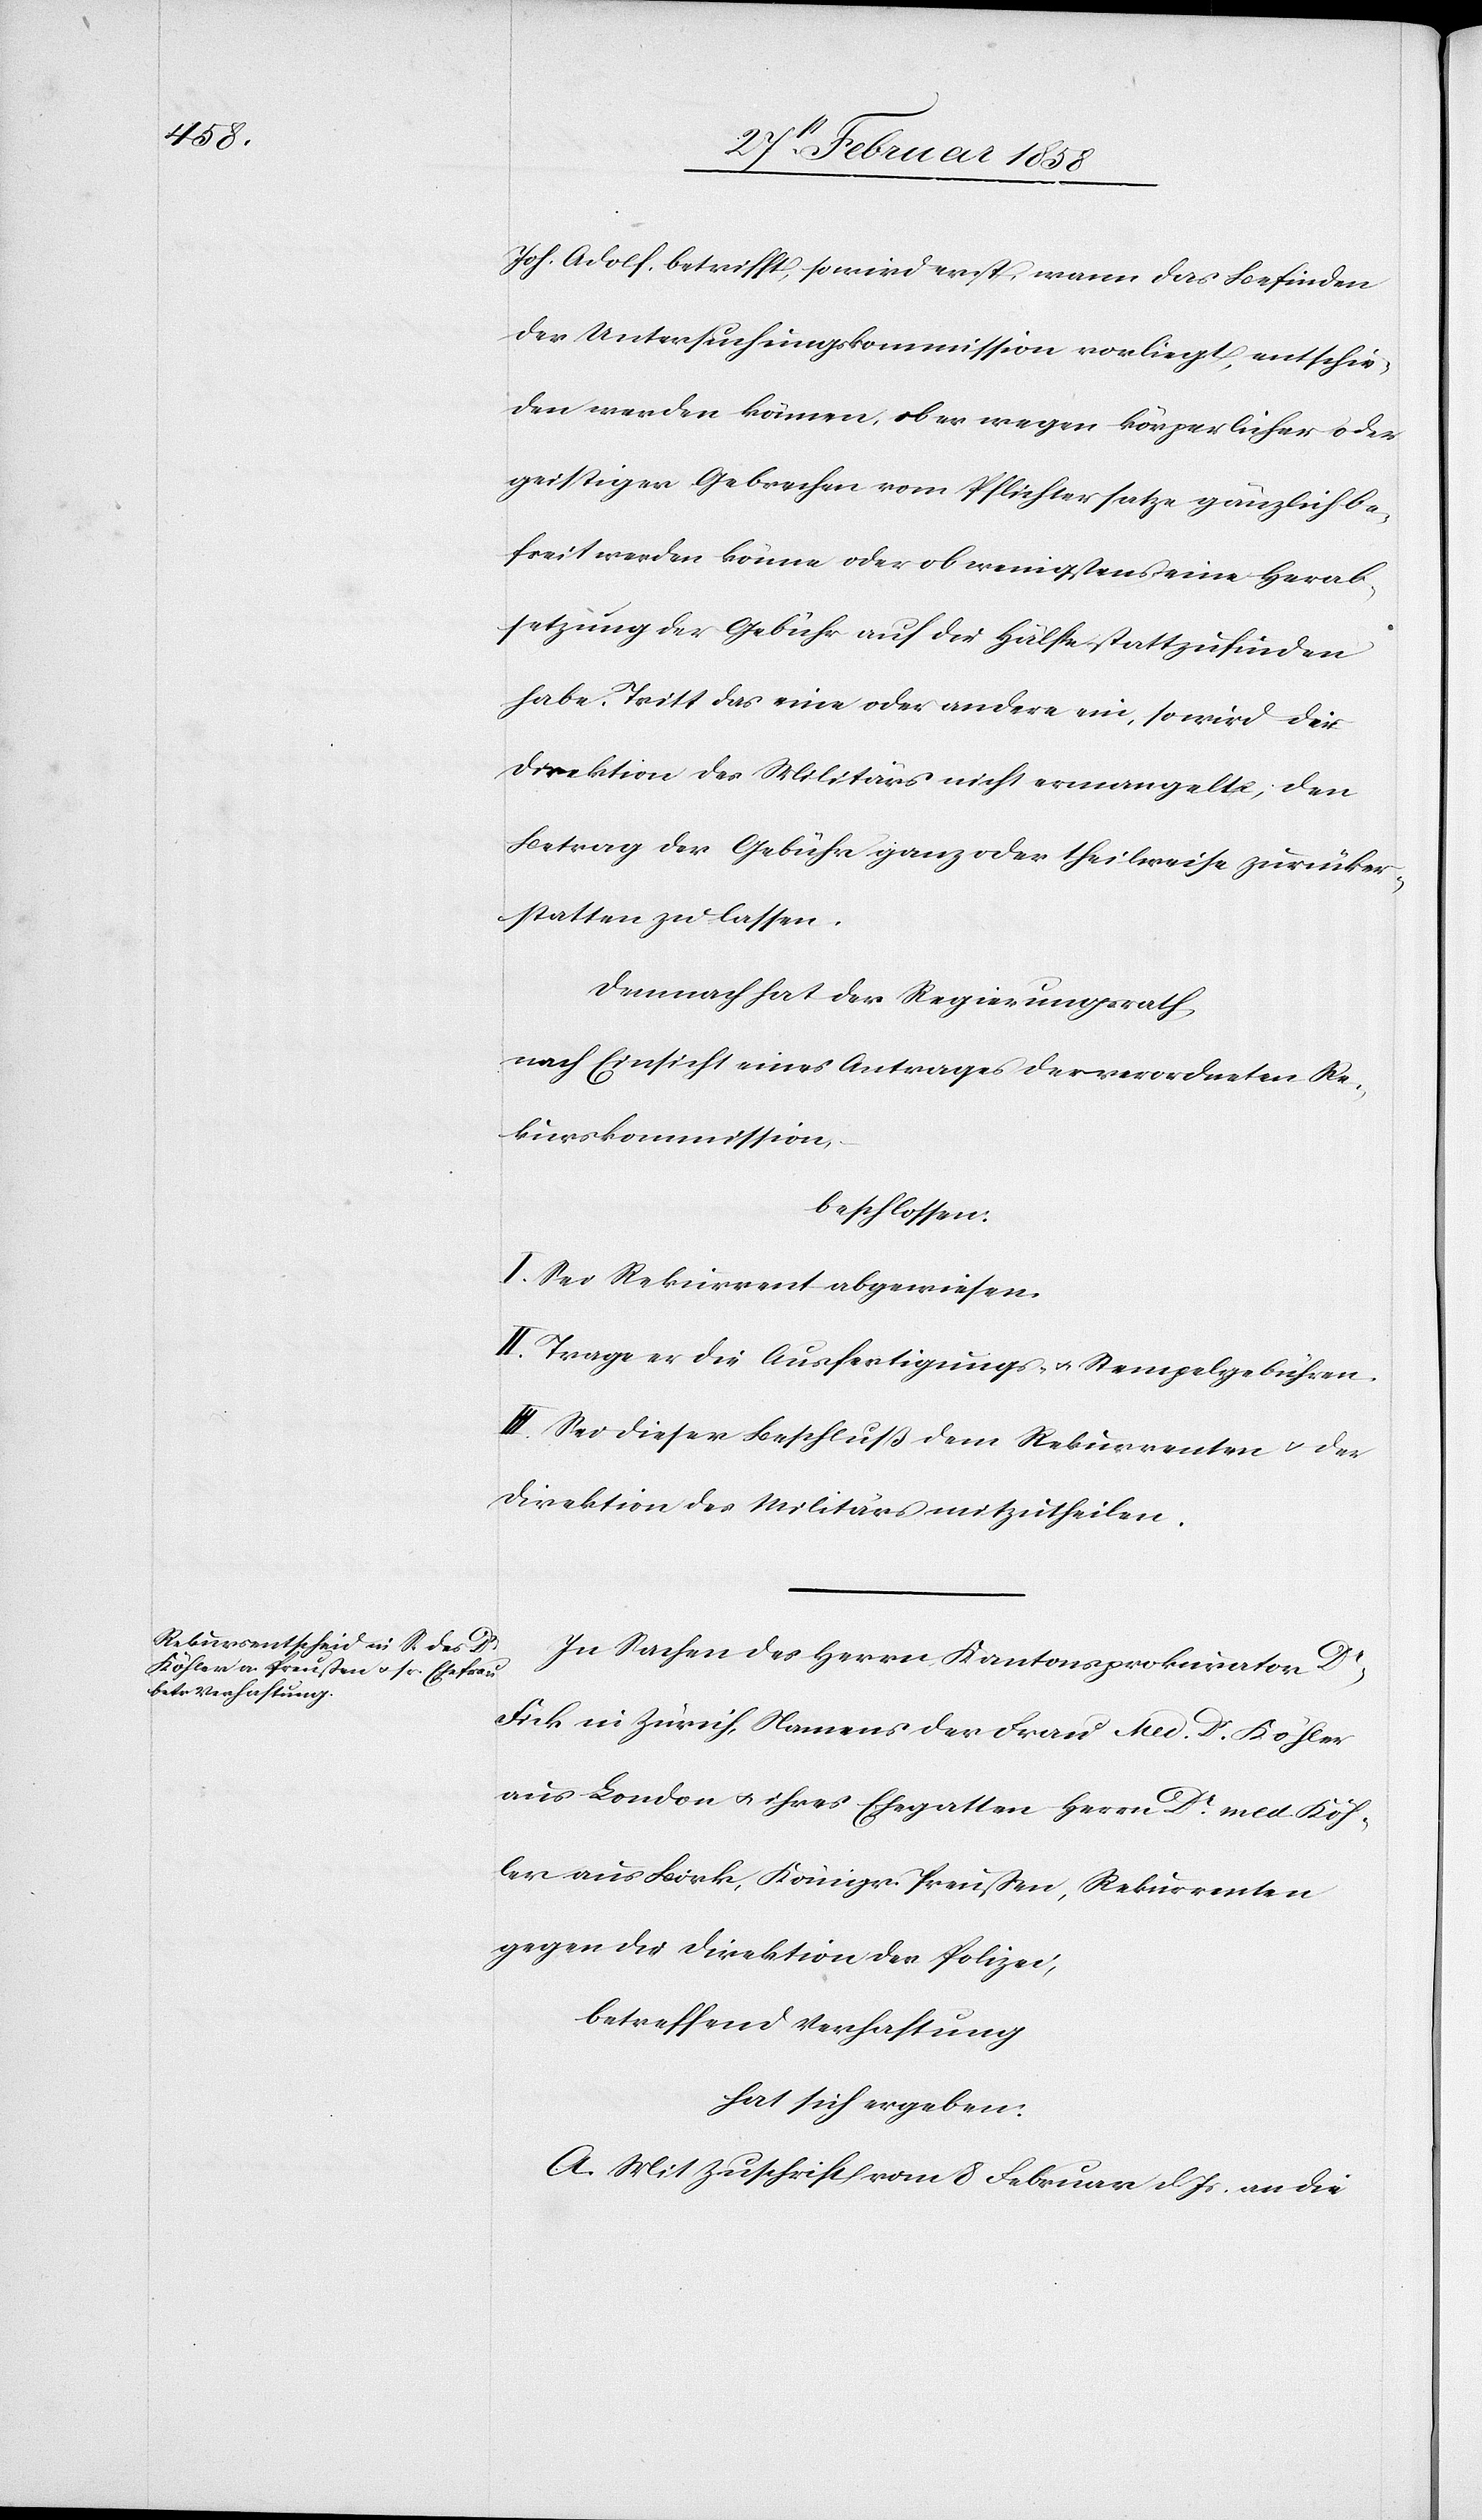
Joh. Adolf betrifft, so wird erst, wann das Befinden
der Untersuchungskommission vorliegt, entschie¬
den werden können, ob er wegen körperlicher oder
geistiger Gebrechen vom Pflichtersatze gänzlich be¬
freit werden könne oder ob wenigstens eine Herab¬
setzung der Gebühr auf die Hälfte stattzufinden
habe. Tritt das eine oder andere ein, so wird die
Direktion des Militärs nicht ermangeln, den
Betrag der Gebühr ganz oder theilweise zurücker¬
statten zu lassen.
Demnach hat der Regierungsrath,
nach Einsicht eines Antrages der verordneten Re¬
kurskommission,
beschlossen:
I. Sei Rekurrent abgewiesen.
II. Trage er die Ausfertigungs- u. Stempelgebühren.
III. Sei dieser Beschluß dem Rekurrenten u. der
Direktion des Militärs mitzutheilen.
In Sachen des Herrn Kantonsprokurator Dr
Fick in Zürich, Namens der Frau Med. Dr Köhler
aus London u. ihres Ehegatten Herrn Dr med. Köh¬
ler aus Bork, Königr. Preußen, Rekurrenten
gegen die Direktion der Polizei,
betreffend Verhaftung
hat sich ergeben:
A. Mit Zuschrift vom 8 Februar d. Js. an die